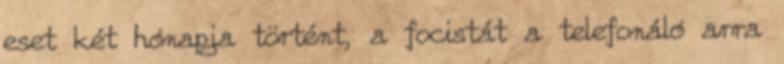
eset két hónapja történt, a focistát a telefonáló arra